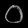
Digit: ၀